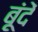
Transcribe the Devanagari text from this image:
बूंंदें